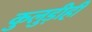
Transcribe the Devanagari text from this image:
कुलुड़ीही